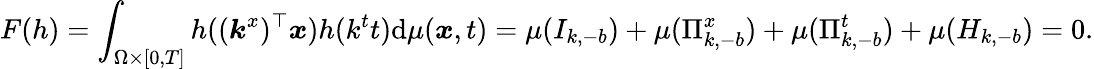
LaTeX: F(h)=\int_{\Omega\times[0,T]}h((\boldsymbol{k}^{x})^{\top}\boldsymbol{x})h(k^{t}t)\mathrm{d}\mu(\boldsymbol{x},t)=\mu(I_{k,-b})+\mu(\Pi_{k,-b}^{x})+\mu(\Pi_{k,-b}^{t})+\mu(H_{k,-b})=0.